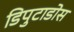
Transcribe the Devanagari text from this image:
डिपुटाडोस